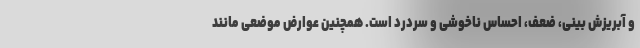
و آبریزش بینی، ضعف، احساس ناخوشی و سردرد است. همچنین عوارض موضعی مانند